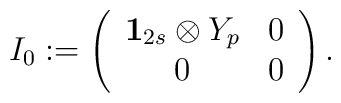
I_0:=\left(\begin{array}{cc}{\bf 1}_{2s}\otimes Y_p & 0\\0 & 0\end{array}\right).